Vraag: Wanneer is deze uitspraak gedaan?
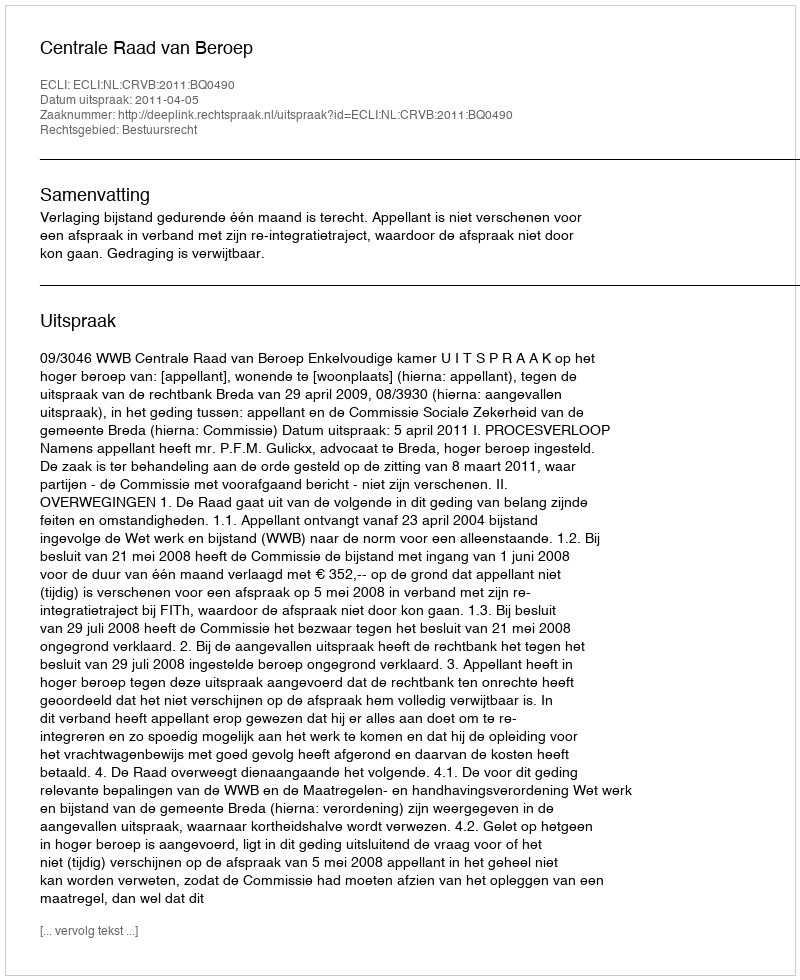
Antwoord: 2011-04-05